38_143685_box7_Incident_Summaries_1-100
Agency: Department of War
Page 64
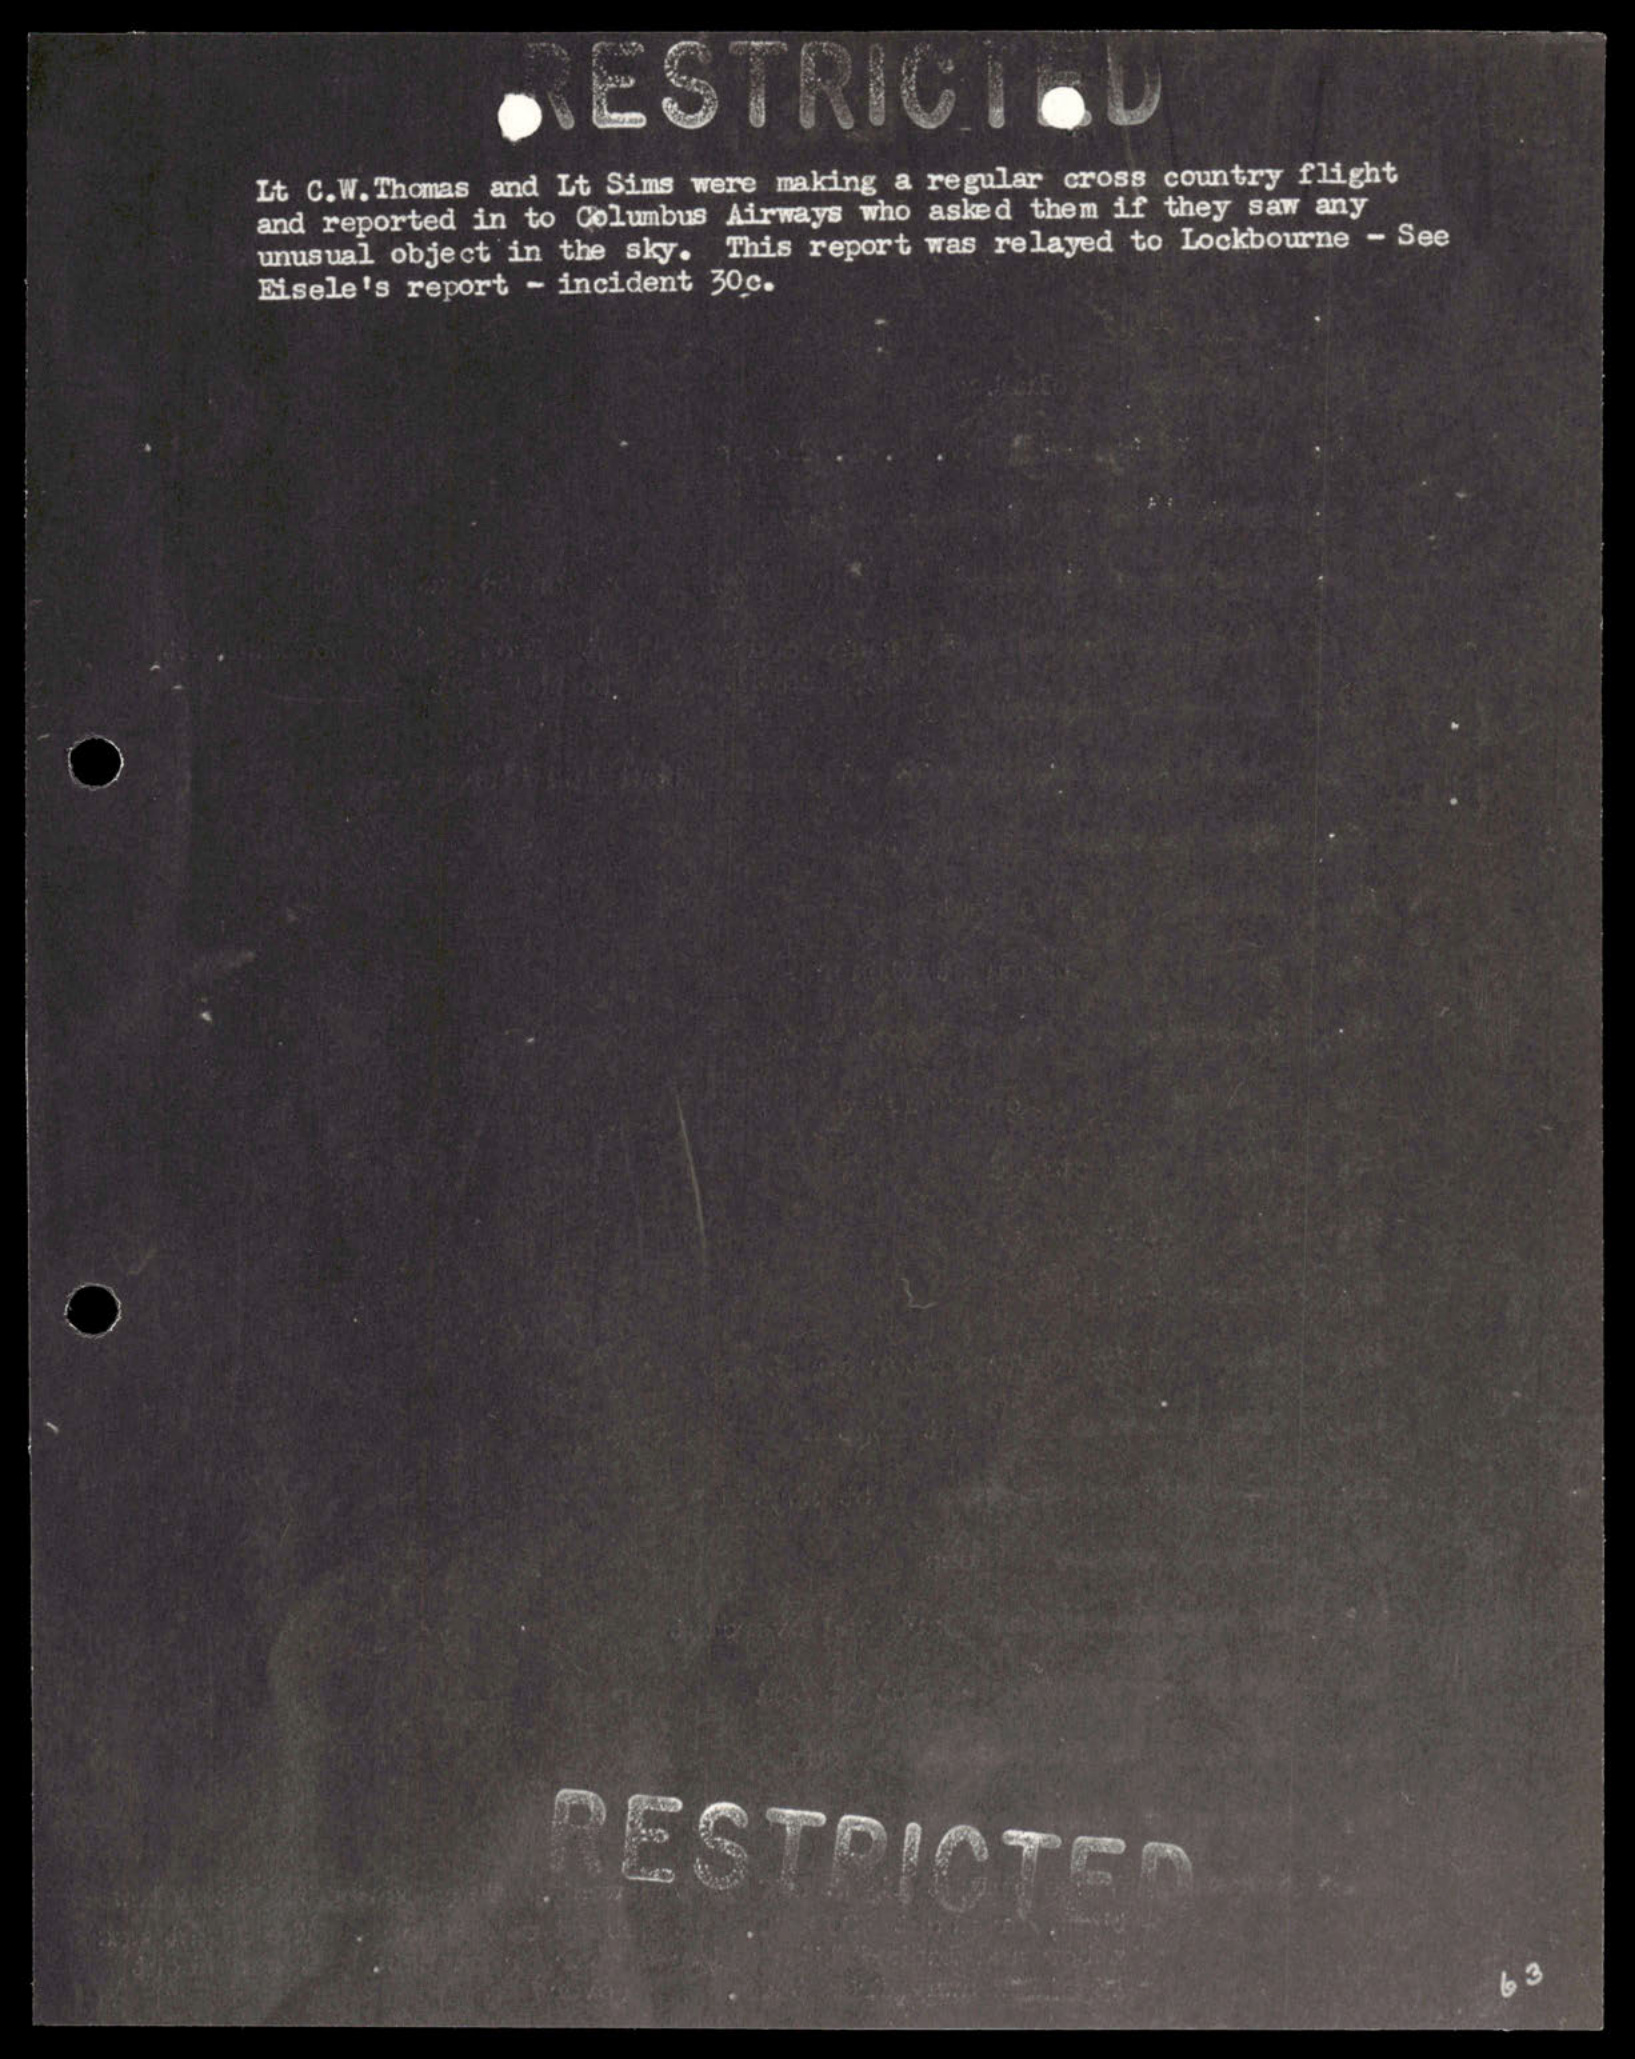